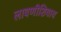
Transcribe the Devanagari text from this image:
लावणीशिवाय